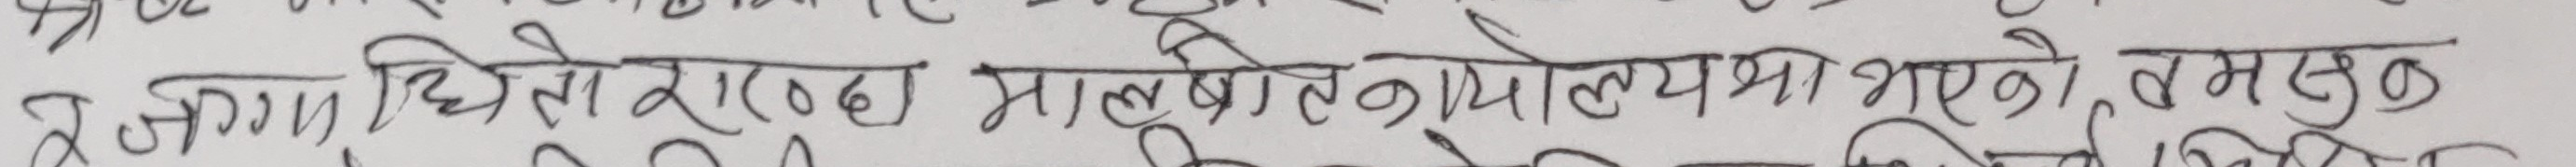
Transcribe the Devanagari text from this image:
र आज, धेरै ठाउंको मान्छेको मोल्य भारी भएको, समस्त